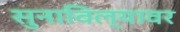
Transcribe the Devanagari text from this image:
सुनाविल्यावर